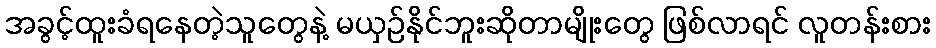
အခွင့်ထူးခံရနေတဲ့သူတွေနဲ့ မယှဉ်နိုင်ဘူးဆိုတာမျိုးတွေ ဖြစ်လာရင် လူတန်းစား